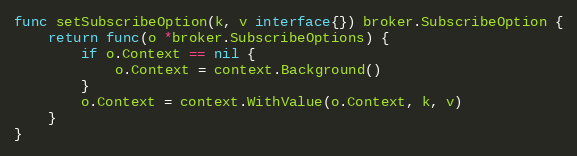
Language: Go
func setSubscribeOption(k, v interface{}) broker.SubscribeOption {
	return func(o *broker.SubscribeOptions) {
		if o.Context == nil {
			o.Context = context.Background()
		}
		o.Context = context.WithValue(o.Context, k, v)
	}
}